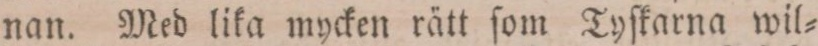
nan. Med lika mycken rätt ſom Tyſkarna wil=